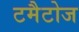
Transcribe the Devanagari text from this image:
टमैटोज